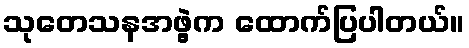
သုတေသနအဖွဲ့က ထောက်ပြပါတယ်။